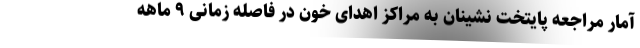
آمار مراجعه پایتخت نشینان به مراکز اهدای خون در فاصله زمانی ۹ ماهه